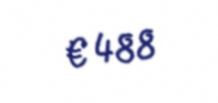
€ 488